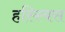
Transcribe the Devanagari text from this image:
हस्स्बिस